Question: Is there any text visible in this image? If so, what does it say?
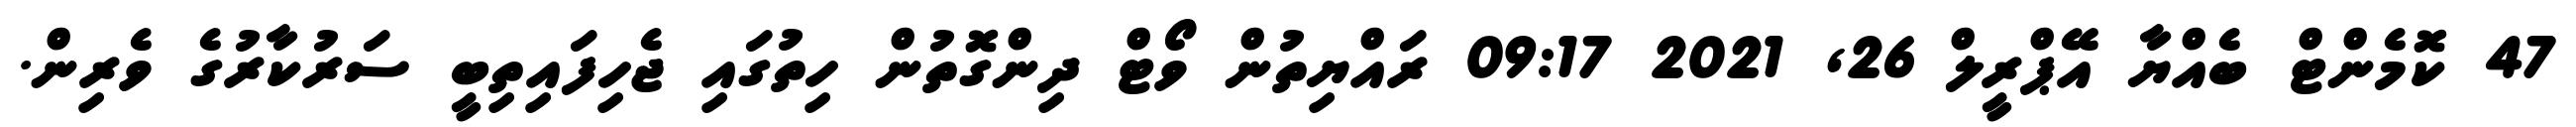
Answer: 47 ކޮމެންޓް ބެއްޔާ އޭޕްރީލް 26, 2021 09:17 ރައްޔިތުން ވޯޓް ދިންގޮތުން ހިތުގައި ޖެހިފައިތިބީ ސަރުކާރުގެ ވެރިން.